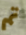
تم